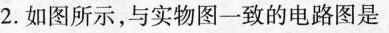
2.如图所示，与实物图一致的电路图是